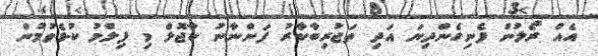
އެއް ރޯލުން ފެނިގެންދިޔަ އަދި ތަޖުރިބާކާރު ފަންނާނު ކާޖޮލް މި ފިލްމު ކުޅެވުމުން